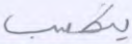
يكسب